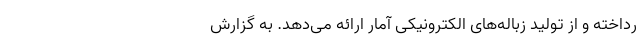
رداخته و از تولید زباله‌های الکترونیکی آمار ارائه می‌دهد. به گزارش